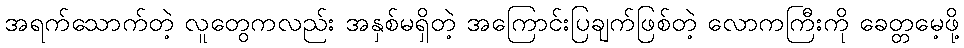
အရက်သောက်တဲ့ လူတွေကလည်း အနှစ်မရှိတဲ့ အကြောင်းပြချက်ဖြစ်တဲ့ လောကကြီးကို ခေတ္တမေ့ဖို့